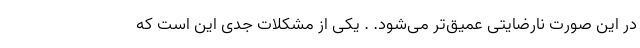
در این صورت نارضایتی عمیق‌تر می‌شود. . یکی از مشکلات جدی این است که